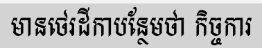
មានថេរដីកាបន្ថែមថា កិច្ចការ